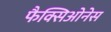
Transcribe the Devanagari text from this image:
फैक्सिओनेस